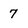
Character: 7